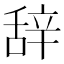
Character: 辞